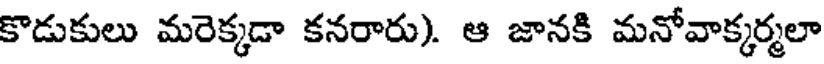
కొడుకులు మరెక్కడా కనరారు). ఆ జానకి మనోవాక్కర్మలా